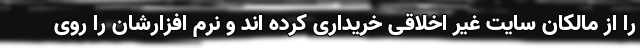
را از مالکان سایت غیر اخلاقی خریداری کرده اند و نرم افزارشان را روی